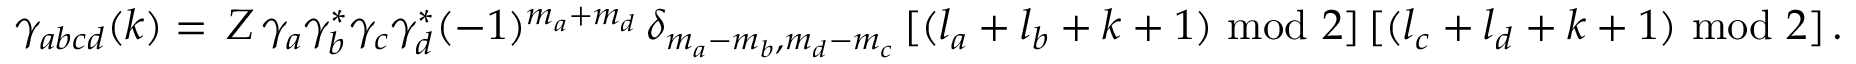
\begin{array} { r } { \gamma _ { a b c d } ( k ) = \, Z \, \gamma _ { a } \gamma _ { b } ^ { * } \gamma _ { c } \gamma _ { d } ^ { * } ( - 1 ) ^ { m _ { a } + m _ { d } } \, \delta _ { m _ { a } - m _ { b } , m _ { d } - m _ { c } } \, [ ( l _ { a } + l _ { b } + k + 1 ) \mathrm { ~ m o d ~ } 2 ] \, [ ( l _ { c } + l _ { d } + k + 1 ) \mathrm { ~ m o d ~ } 2 ] \, . } \end{array}